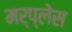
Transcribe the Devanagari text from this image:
मर्प्लेस